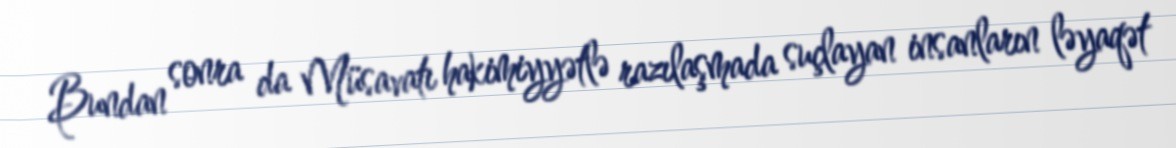
Bundan sonra da Müsavatı hakimiyyətlə razılaşmada suçlayan insanların ləyaqət